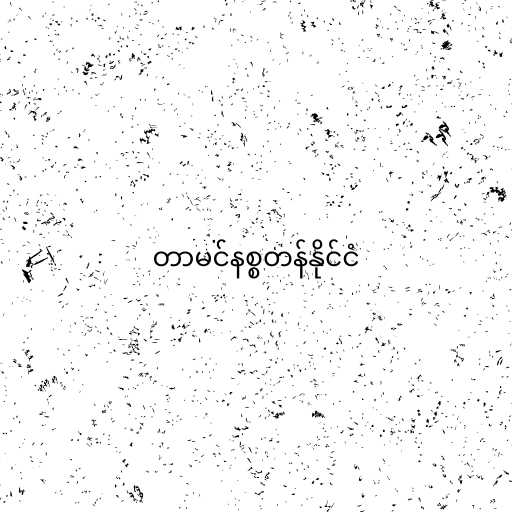
တာမင်နစ္စတန်နိုင်ငံ